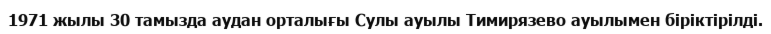
1971 жылы 30 тамызда аудан орталығы Сулы ауылы Тимирязево ауылымен біріктірілді.